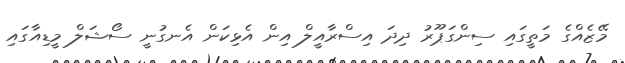
މޭޒެއްގެ މަތީގައި ސިންގަޕޫރު ދިދަ އިސްރާއީލް އިން އެޅިކަން އެނގުނީ ސޯޝަލް މީޑިއާގައި